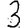
Digit: 3